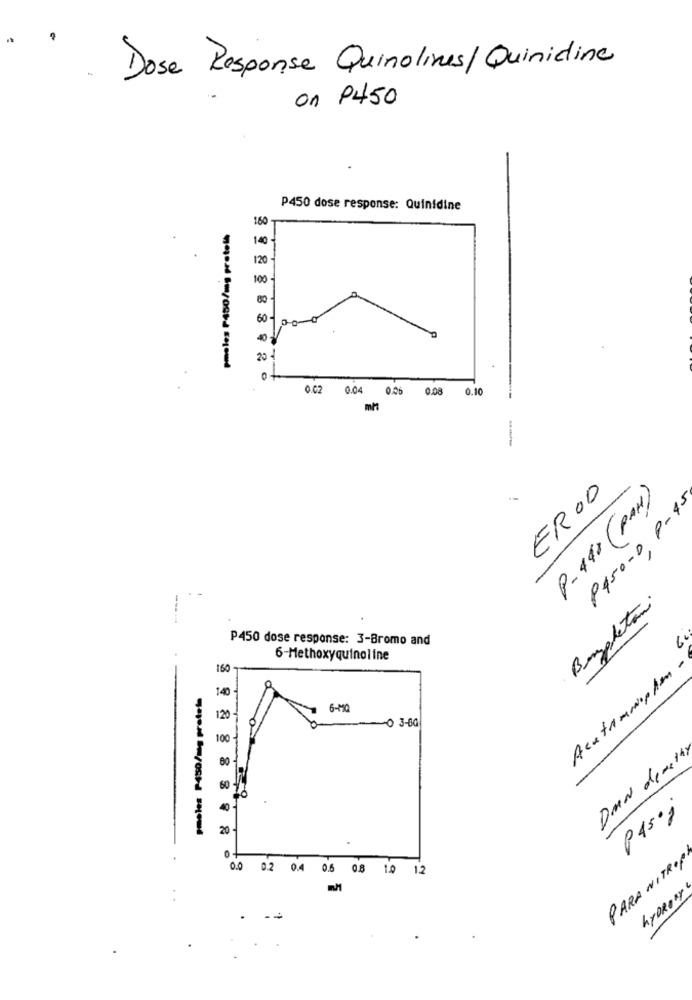
Dose Response Quinolines/Quinidine
on P450
P450 dose response: Quinidine
160
pmeles P450/mg protel+
1.40
120
100
60
20
0.02 0.04 0.06 0.08
0.1
mM
ER00
P- 440 ( PAN)
P450-0 9-45
Bugleton.
P450 dose response: 3-Bromo and
6-Methoxyquinoline
160
Acutammophen
pmoles P450/mg protein
140
6-MQ
120
-0 3-60
100
DAN demer4)
60
40
P45ºj
20 -
PARA NITROP
0.0 0.2 0.4 0.6 08 1.0 12
hyDRONY
.